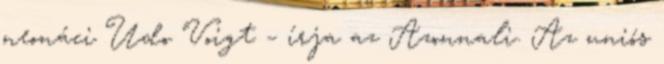
neonáci Udo Voigt – írja az Azonnali. Az uniós